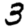
Digit: 3